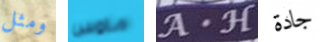
ومثل ماوس A.H جادة